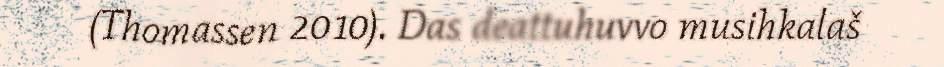
(Thomassen 2010). Das deattuhuvvo musihkalaš